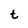
Character: t